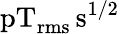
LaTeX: \mathrm{pT_{rms}\, s^{1/2}}